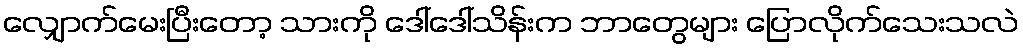
လျှောက်မေးပြီးတော့ သားကို ဒေါ်ဒေါ်သိန်းက ဘာတွေများ ပြောလိုက်သေးသလဲ